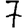
Digit: 7